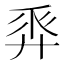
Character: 𢍒